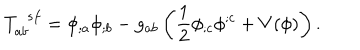
T _ { a b } ^ { \ \ s f } = \phi _ { ; a } \phi _ { ; b } - g _ { a b } \left( \frac { 1 } { 2 } \phi _ { ; c } \phi ^ { ; c } + V ( \phi ) \right) .